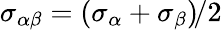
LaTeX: \sigma_{\alpha\beta}=\left(\sigma_{\alpha}+\sigma_{\beta}\right)\! /2